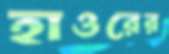
হাওরের